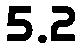
5.2